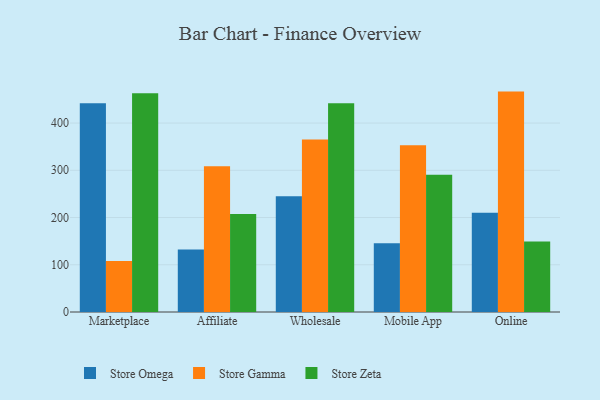
{"axis": {"x": "Channel", "y": "LTV (USD)"}, "legend": ["Store Gamma", "Store Omega", "Store Zeta"], "data": [{"x": "Marketplace", "y": 441.9, "type": "Store Omega"}, {"x": "Marketplace", "y": 108.2, "type": "Store Gamma"}, {"x": "Marketplace", "y": 463.0, "type": "Store Zeta"}, {"x": "Affiliate", "y": 132.3, "type": "Store Omega"}, {"x": "Affiliate", "y": 308.8, "type": "Store Gamma"}, {"x": "Affiliate", "y": 207.4, "type": "Store Zeta"}, {"x": "Wholesale", "y": 244.8, "type": "Store Omega"}, {"x": "Wholesale", "y": 365.0, "type": "Store Gamma"}, {"x": "Wholesale", "y": 442.2, "type": "Store Zeta"}, {"x": "Mobile App", "y": 145.3, "type": "Store Omega"}, {"x": "Mobile App", "y": 352.8, "type": "Store Gamma"}, {"x": "Mobile App", "y": 290.6, "type": "Store Zeta"}, {"x": "Online", "y": 210.0, "type": "Store Omega"}, {"x": "Online", "y": 466.6, "type": "Store Gamma"}, {"x": "Online", "y": 149.1, "type": "Store Zeta"}]}